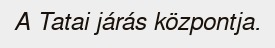
A Tatai járás központja.